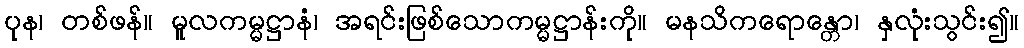
ပုန၊ တစ်ဖန်။ မူလကမ္မဋ္ဌာနံ၊ အရင်းဖြစ်သောကမ္မဋ္ဌာန်းကို။ မနသိကရောန္တော၊ နှလုံးသွင်း၍။